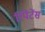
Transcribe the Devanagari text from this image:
रिपेंटेंस